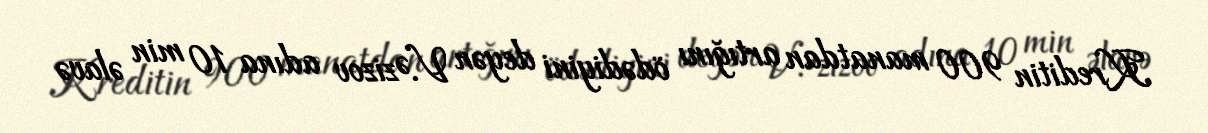
Kreditin 900 manatdan artığını ödədiyini deyən V.Əzizov adına 10 min əlavə